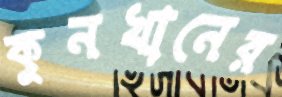
কুনখানের